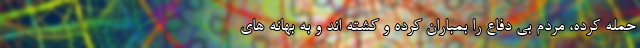
حمله کرده، مردم بی دفاع را بمباران کرده و کشته اند و به بهانه های